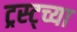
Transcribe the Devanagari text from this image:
ट्रस्ट्च्या